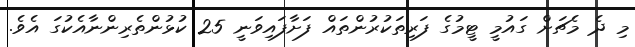
މި ދެ މެޗަށް ގައުމީ ޓީމުގެ ފަރިތަކުރުންތައް ފަށާފައިވަނީ 25 ކުޅުންތެރިންނާއެކުގަ އެވެ.